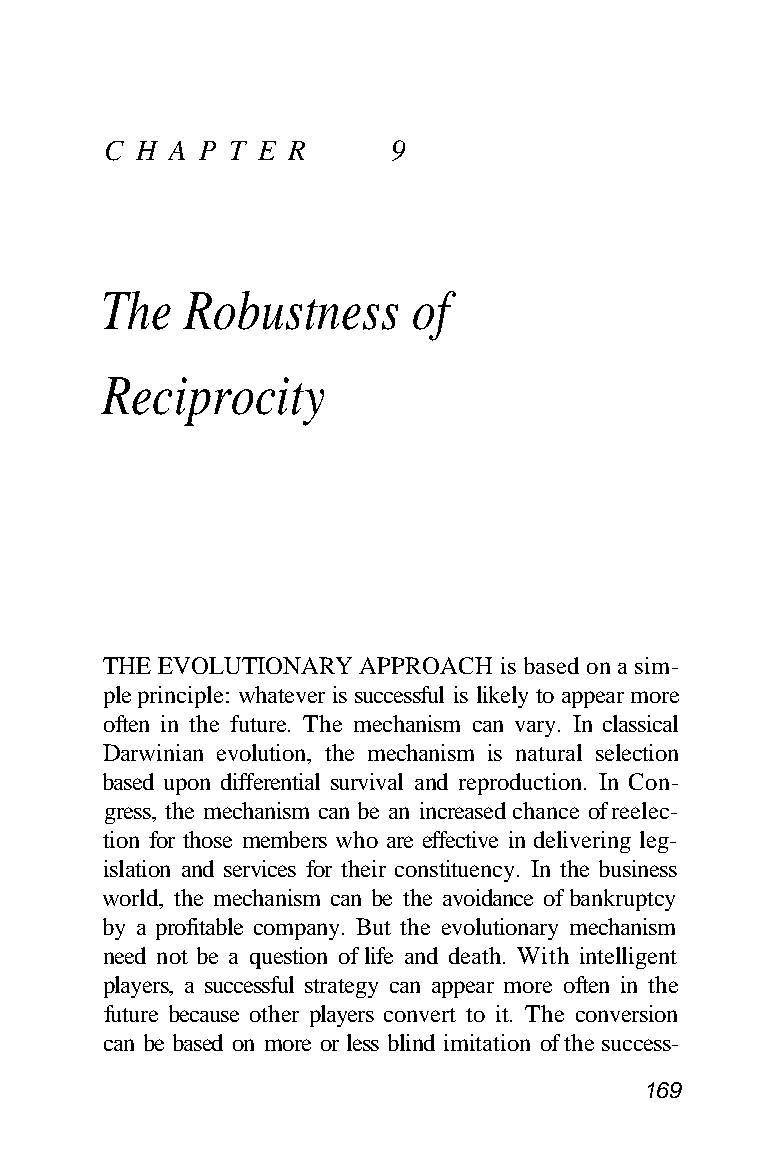
C H A P T E R     9
 The  Robustness     of
 Reciprocity
 THE EVOLUTIONARY APPROACH is based on a sim-
 ple principle: whatever is successful is likely to appear more
 often in the future. The mechanism can vary. In classical
 Darwinian evolution, the mechanism is natural selection
 based upon differential survival and reproduction. In Con-
 gress, the mechanism can be an increased chance of reelec-
 tion for those members who are effective in delivering leg-
 islation and services for their constituency. In the business
 world, the mechanism can be the avoidance of bankruptcy
 by a profitable company. But the evolutionary mechanism
 need not be a question of life and death. With intelligent
 players, a successful strategy can appear more often in the
 future because other players convert to it. The conversion
 can be based on more or less blind imitation of the success-
 169